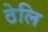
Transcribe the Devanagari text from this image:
ठेलि